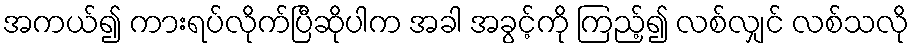
အကယ်၍ ကားရပ်လိုက်ပြီဆိုပါက အခါ အခွင့်ကို ကြည့်၍ လစ်လျှင် လစ်သလို